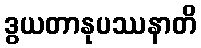
ဒွယတာနုပဿနာတိ